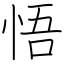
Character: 悟